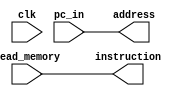
module InstructionFetch(input wire clk,
                        input wire [15:0] pc_in,
                        input wire [23:0] read_memory,
                        output wire [15:0] address,
                        output wire [23:0] instruction);

    assign address     = pc_in;
    assign instruction = read_memory;

endmodule